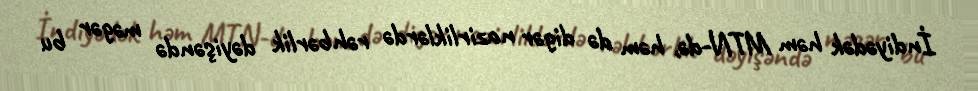
İndiyədək həm MTN-də, həm də digər nazirliklərdə rəhbərlik dəyişəndə məgər bu